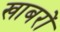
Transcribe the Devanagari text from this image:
खाबरों